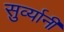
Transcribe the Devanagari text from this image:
सुर्व्यानी